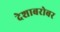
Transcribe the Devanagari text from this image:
देशाबरोबर